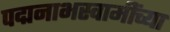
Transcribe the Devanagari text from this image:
पद्मनाभस्वामींच्या